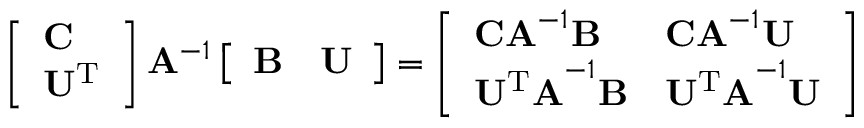
\begin{array} { r } { \left[ \begin{array} { l } { \mathbf { C } } \\ { \mathbf { U ^ { \mathrm { T } } } } \end{array} \right] \mathbf { A } ^ { - 1 } \left[ \begin{array} { l l } { \mathbf { B } } & { \mathbf { U } } \end{array} \right] = \left[ \begin{array} { l l } { \mathbf { C A } ^ { - 1 } \mathbf { B } } & { \mathbf { C A } ^ { - 1 } \mathbf { U } } \\ { \mathbf { U ^ { \mathrm { T } } A } ^ { - 1 } \mathbf { B } } & { \mathbf { U ^ { \mathrm { T } } A } ^ { - 1 } \mathbf { U } } \end{array} \right] } \end{array}